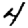
Digit: 4